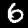
Digit: 6